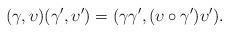
LaTeX: \begin{align*}(\gamma,\upsilon)(\gamma',\upsilon') = (\gamma\gamma',(\upsilon\circ \gamma') \upsilon').\end{align*}